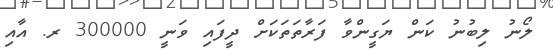
ލޯނު ލިބުނު ކަަން ޔަގީންވާ ފަރާތަތަކަށް ދީފައި ވަނީ 300000 ރ. އާއި